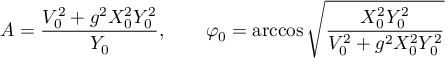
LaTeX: A = \frac { V _ { 0 } ^ { 2 } + g ^ { 2 } X _ { 0 } ^ { 2 } Y _ { 0 } ^ { 2 } } { Y _ { 0 } } , \qquad \varphi _ { 0 } = \operatorname { a r c c o s } \sqrt { \frac { X _ { 0 } ^ { 2 } Y _ { 0 } ^ { 2 } } { V _ { 0 } ^ { 2 } + g ^ { 2 } X _ { 0 } ^ { 2 } Y _ { 0 } ^ { 2 } } }